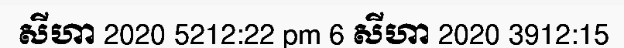
សីហា 2020 5212:22 pm 6 សីហា 2020 3912:15